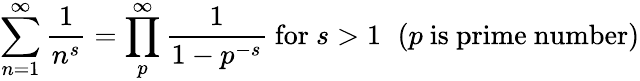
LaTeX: \sum_{n=1}^{\infty}{\frac{1}{n^{s}}}=\prod_{p}^{\infty}{\frac{1}{1-p^{-s}}}{\mathrm{~for~}}s>1\, \, \ (p{\mathrm{~is~prime~number)}}